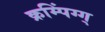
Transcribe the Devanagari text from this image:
क्रम्पिंग्ग्